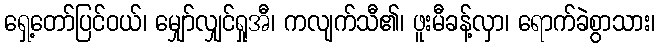
ရှေ့တော်ပြင်ဝယ်၊ မျှော်လျှင်ရှုအီ၊ ကလျက်သီ၏၊ ဖူးမီခန့်လှာ၊ ရောက်ခဲစွာသား၊